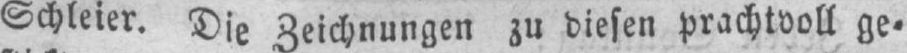
Schleier. Die Zeichnungen zu diesen prachtvoll ge⸗